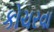
કોચરવા